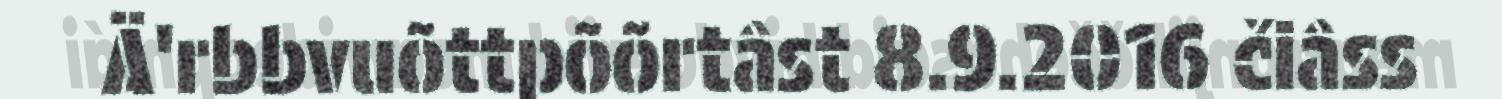
Ä'rbbvuõttpõõrtâst 8.9.2016 čiâss